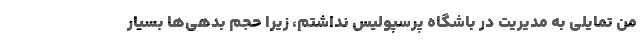
من تمایلی به مدیریت در باشگاه پرسپولیس نداشتم، زیرا حجم بدهی‌ها بسیار